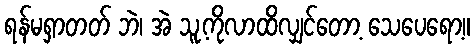
ရန်မရှာတတ် ဘဲ၊ အဲ သူ့ကိုလာထိလျှင်တော့ သေပေရော့။